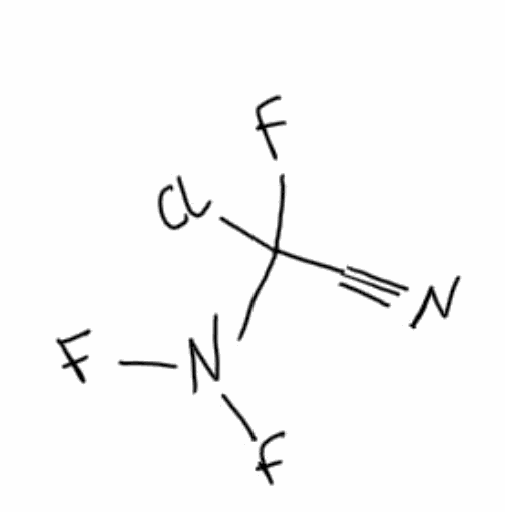
Simplified molecular-input line-entry system (SMILES) notation of the given molecule:
C(#N)C(N(F)F)(F)Cl